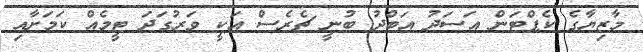
މާޒިޔާގެ ކެޕްޓަން އަސަދު އަބްދު ބުނީ ޗެރެސް އަކީ ވަރުގަދަ ޓީމެއް ކަމަށާއި